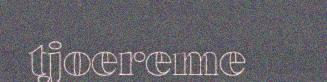
tjoereme